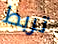
تربط